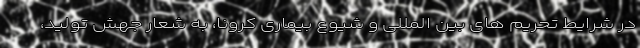
در شرایط تحریم های بین المللی و شیوع بیماری کرونا، به شعار جهش تولید،